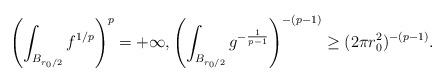
LaTeX: \begin{align*}\left(\int_{B_{r_0/2}}f^{1/p}\right)^p=+\infty,\left(\int_{B_{r_0/2}}g^{-\frac{1}{p-1}}\right)^{-(p-1)}\geq (2\pi r_0^2)^{-(p-1)}.\end{align*}